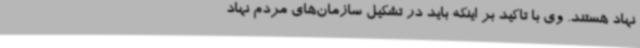
نهاد هستند. وی با تاکید بر اینکه باید در تشکیل سازمان‌های مردم نهاد